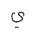
Letter: _ya